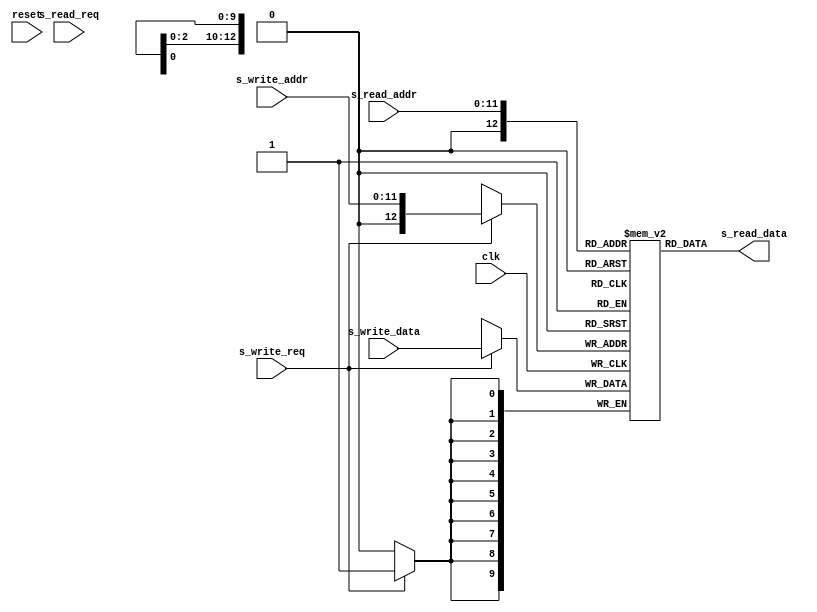
`timescale 1ns/1ps
module ram
#(
  parameter integer DATA_WIDTH    = 10,
  parameter integer ADDR_WIDTH    = 12,
  parameter integer OUTPUT_REG    = 0
)
(
  input  wire                         clk,
  input  wire                         reset,

  input  wire                         s_read_req,
  input  wire [ ADDR_WIDTH  -1 : 0 ]  s_read_addr,
  output wire [ DATA_WIDTH  -1 : 0 ]  s_read_data,

  input  wire                         s_write_req,
  input  wire [ ADDR_WIDTH  -1 : 0 ]  s_write_addr,
  input  wire [ DATA_WIDTH  -1 : 0 ]  s_write_data
);

  reg  [ DATA_WIDTH -1 : 0 ] mem [ 0 : 1<<ADDR_WIDTH ];

  always @(posedge clk)
  begin: RAM_WRITE
    if (s_write_req)
      mem[s_write_addr] <= s_write_data;
  end

  generate
    if (OUTPUT_REG == 0)
      assign s_read_data = mem[s_read_addr];
    else begin
      reg [DATA_WIDTH-1:0] _s_read_data;
      always @(posedge clk)
      begin
        if (reset)
          _s_read_data <= 0;
        else if (s_read_req)
          _s_read_data <= mem[s_read_addr];
      end
      assign s_read_data = _s_read_data;
    end
  endgenerate
endmodule